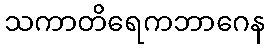
သကာတိရေကဘာဂေန